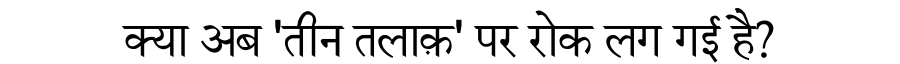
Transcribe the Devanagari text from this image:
क्या अब 'तीन तलाक़' पर रोक लग गई है?